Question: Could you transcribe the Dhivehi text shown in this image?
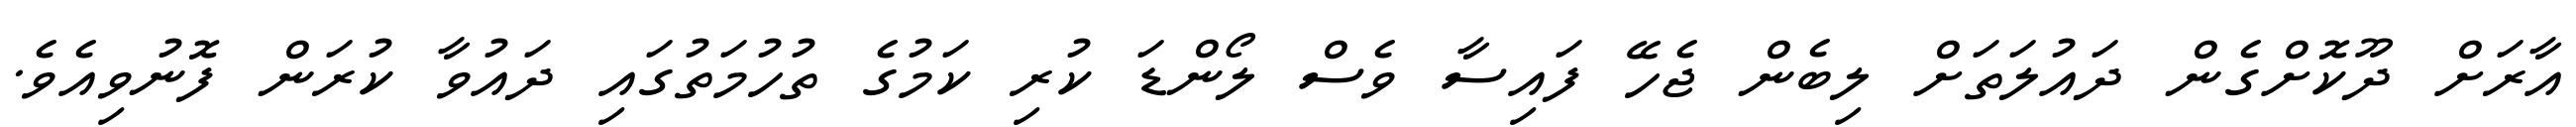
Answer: އާރަށް ދޫކޮށްގެން ދައުލަތަށް ލިބެން ޖެހޭ ފައިސާ ވެސް ލޯންޑަ ކުރި ކަމުގެ ތުހުމަތުގައި ދައުވާ ކުރަން ފޮނުވިއެވެ.